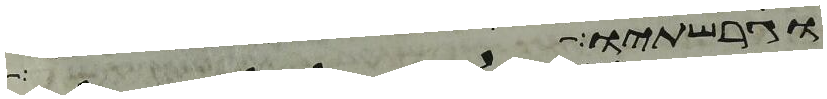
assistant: וגרשתיו